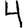
Digit: 4